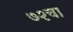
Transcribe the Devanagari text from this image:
७२चा